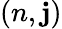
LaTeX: (n,\mathbf{j})